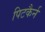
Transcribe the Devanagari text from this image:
पिटकैर्न